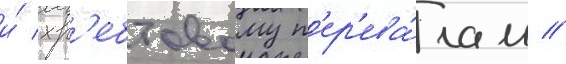
и́ хр'ебтовому п'ер'ева́лам //